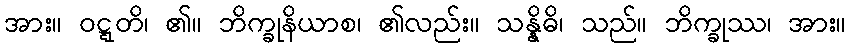
အား။ ဝဋ္ဋတိ၊ ၏။ ဘိက္ခုနိယာစ၊ ၏လည်း။ သန္နိဓိ၊ သည်။ ဘိက္ခုဿ၊ အား။